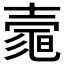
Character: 𡔻